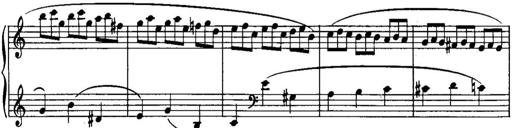
Title: Piano Sonatina No.1, Op.146
Composer: Stephen Heller